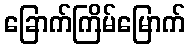
ခြောက်ကြိမ်မြောက်